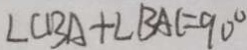
\angle C B A + \angle B A C = 9 0 ^ { \circ }